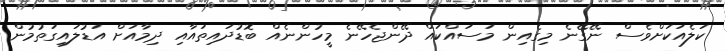
ކަލެއަކަށްވެސް ނޭގޭނެ މިގެއިން މަސައްކައް ދޭންޖެހޭނެ މީހުންނެއް ބޮޑުދައިތައާއި ދިމާއަށް އަޑުލައިގަތުމުން